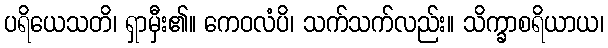
ပရိယေသတိ၊ ရှာမှီး၏။ ကေဝလံပိ၊ သက်သက်လည်း။ သိက္ခာစရိယာယ၊